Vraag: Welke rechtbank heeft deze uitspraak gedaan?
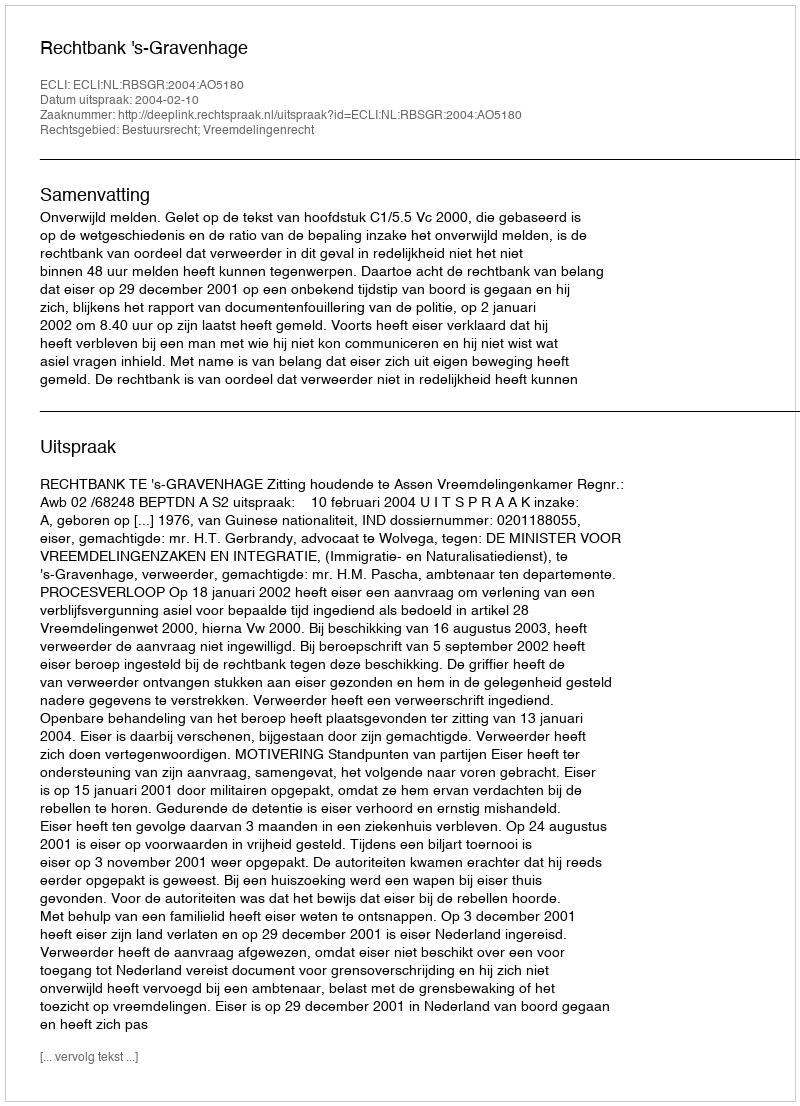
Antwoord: Rechtbank 's-Gravenhage